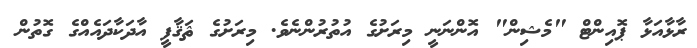
ރާޅާއަޅާ ޕޮއިންޓް "މެޝިން" އޮންނަނީ މިރަށުގެ އުތުރުންނެވެ. މިރަށުގެ ޘަޤާފީ އާދަކާދައެއްގެ ގޮތުން